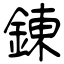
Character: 錬